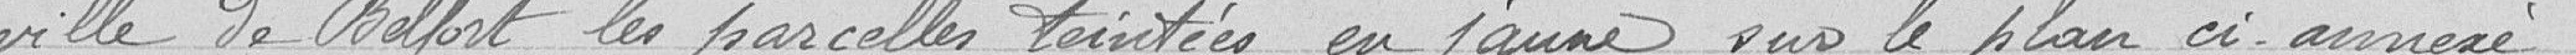
ville de Belfort les parcelles teintées en jaune sur le plan ci-annexé.